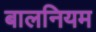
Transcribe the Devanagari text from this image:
बालनियम